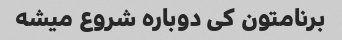
برنامتون کی دوباره شروع میشه